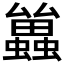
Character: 𮕑